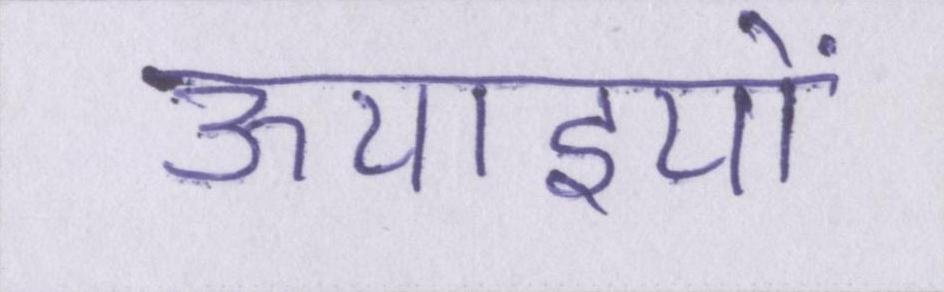
ऊचाइयों